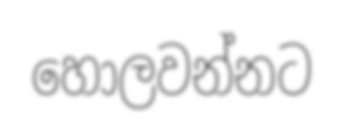
හොලවන්නට